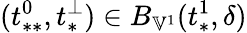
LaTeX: (t_{**}^{0},t_{*}^{\perp})\in B_{\mathbb{V}^{1}}(t_{*}^{1},\delta)